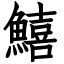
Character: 鱚